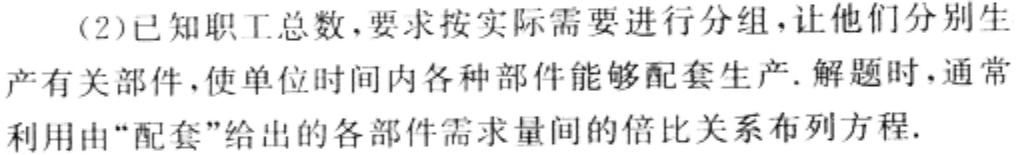
(2)已知职工总数，要求按实际需要进行分组，让他们分别生
产有关部件，使单位时间内各种部件能够配套生产. 解题时，通常
利用由“配套”给出的各部件需求量间的倍比关系布列方程.